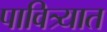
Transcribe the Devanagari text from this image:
पावित्र्यात